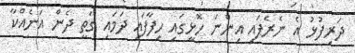
ދަރިފުޅު އެ ނެރެފައި އިންނަ ހޮޅީގައި ހިފާފައި ދަމައި ގަތީ ދެން އަނެއްކާ